system: You are a helpful assistant.
user:
Analyze the provided spectrum to determine if it is a **White Dwarf (WD)**.

A White Dwarf spectrum is defined by its **extreme purity** (due to gravitational settling) and/or **extreme pressure broadening** (due to high surface gravity). You must check for one of the following mutually exclusive signatures:

- **Key Visual Indicators (Check for ONE of these types):**

    - **1. DA-Type Signature (Most Common):**
        - **(Primary Feature):** Extreme pressure broadening (Stark broadening) of the **Hydrogen (H) Balmer lines**.
        - **(Key Lines):** $H\beta$ (approx. $4861$ Å) and $H\gamma$ (approx. $4340$ Å). $H\alpha$ (approx. $6563$ Å) will also be present if the wavelength range covers it.
        - **(Line Profile):** This is the **defining feature**. The lines are **NOT** sharp. They appear as massive, **extremely broad and deep "troughs" or "dips"** in the spectrum, often hundreds of Ångströms wide. The continuum will appear to "scoop" down at these wavelengths.
        - **(Distinction):** Normal A-type or B-type stars have *narrow* and *sharp* Hydrogen lines. A DA White Dwarf's lines are unmistakably "smeared" or "blurry" from pressure.

    - **2. DB-Type Signature:**
        - **(Primary Feature):** Broad absorption lines from **Neutral Helium (He I)**. The spectrum must lack any visible Hydrogen lines.
        - **(Key Lines):** Look for broad absorption near $4471$ Å, $4921$ Å, and $5876$ Å.
        - **(Line Profile):** These lines are also significantly pressure-broadened, appearing much wider than they would in a normal B-type main-sequence star.

    - **3. DC-Type Signature:**
        - **(Primary Feature):** A **featureless continuous spectrum**.
        - **(Line Profile):** The spectrum is a smooth curve with **no significant absorption or emission lines**.
        - **(Key Confirmation):** The continuum is almost always **blue or white**, indicating a hot object. This signature implies the atmosphere is so pure (or so cool) that no spectral lines are visible in the optical range. Its WD identity is confirmed by its extremely low intrinsic brightness (high absolute magnitude).

    - **4. DZ-Type Signature (Metal-Polluted):**
        - **(Primary Feature):** **Isolated, narrow metal absorption lines** on an otherwise featureless (DC-like) continuum.
        - **(Key Lines):** The **Calcium (Ca II) H & K doublet** (approx. **$3934$ Å** and **$3968$ Å**) is the most common and defining feature.
        - **(Line Profile):** These lines are "out of place." They are *not* part of a "forest" of thousands of lines. This signature is evidence of recent *accretion* (pollution) from rocky debris.
        - **(Distinction):** Normal G/K/M stars have a *dense forest* of thousands of metal lines. A DZ has a *clean* continuum with *only a few* strong metal lines.

    - **5. DQ-Type Signature (Carbon-Polluted):**
        - **(Primary Feature):** Absorption bands from **Carbon (C₂ "Swan Bands" or atomic C I)**.
        - **(Key Lines - C₂):** Look for bandheads with a "saw-tooth" shape near $5635$ Å, **$5165$ Å** (strongest), and $4737$ Å.
        - **(Key Confirmation):** The underlying **continuum must be blue or white** (hot).
        - **(Distinction):** This is the critical difference from a **Carbon Star**, which has the *exact same* C₂ bands but on an extremely **red, cool** continuum.

- **(Overall Spectrum):**
    - The continuum (overall shape) is typically **blue-sloping** (brighter in the blue than the red), as most white dwarfs are very hot.
    - The spectrum will look "pure" or "simple," dominated by only *one* of the five signatures listed above.

Think first, call **spectral_visualization_tool** if needed to examine features in detail, then provide your final answer. Your response must adhere to the following strict rules:
1.  **Overall Structure:** Your response must follow the format `<think>...</think> <tool_call>...</tool_call> (if a tool is used) <answer>...</answer>`.
2.  **Tool Usage Constraint:** You may only make **one** tool call per turn.
3.  **Final Answer Format:** In the `<answer>` tag, your conclusion must be inside a `\boxed{}` command (e.g., `\boxed{YES}` or `\boxed{NO}`), followed by your justification.

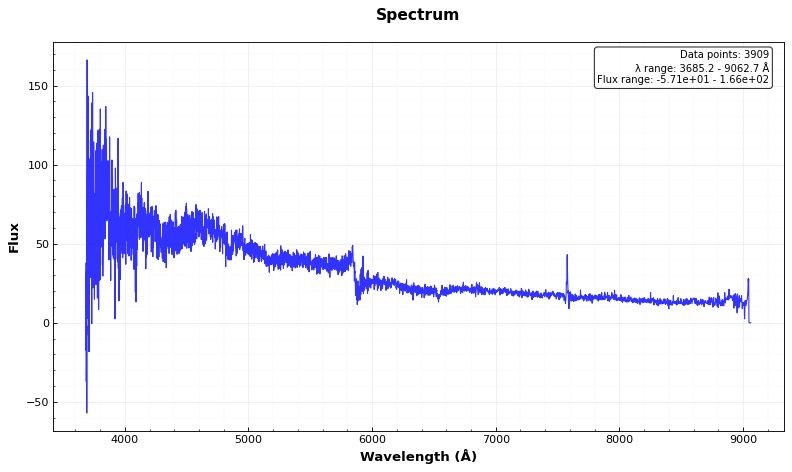
Answer: YES